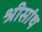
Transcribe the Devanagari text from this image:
श्रीसांथ